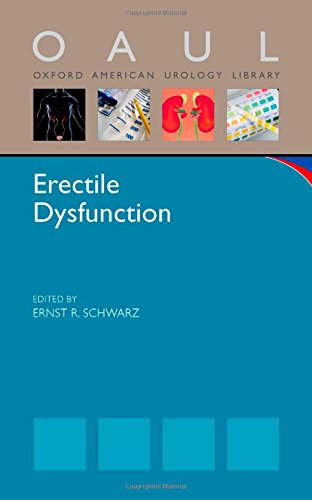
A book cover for Erectile Dysfunction (Oxford American Urology Library); Health, Fitness & Dieting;